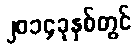
၂၀၁၄ခုနှစ်တွင်